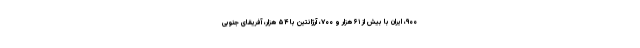
۹۰۰، ایران با بیش از ۶۱ هزار و ۷۰۰، آرژانتین با ۵۴ هزار، آفریقای جنوبی